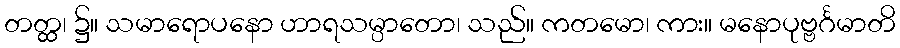
တတ္ထ၊ ၌။ သမာရောပနော ဟာရသမ္ပာတော၊ သည်။ ကတမော၊ ကား။ မနောပုဗ္ဗင်္ဂမာတိ